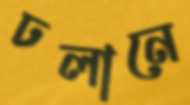
ঢলানে